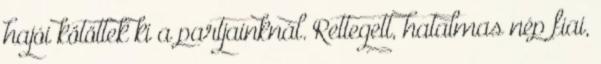
hajói kötöttek ki a partjainknál. Rettegett, hatalmas nép fiai,